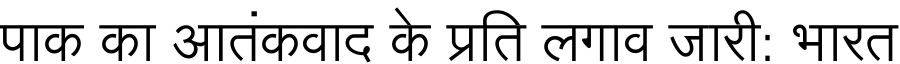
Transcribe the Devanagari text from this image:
पाक का आतंकवाद के प्रति लगाव जारी: भारत